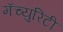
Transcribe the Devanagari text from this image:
मॅच्युरिटी